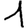
Digit: 1